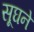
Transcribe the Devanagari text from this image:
सूघने